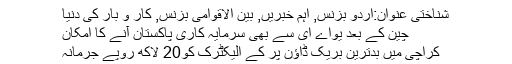
شناختی عنوان:اردو بزنس, اہم خبریں, بین الاقوامی بزنس, کار و بار کی دنیا
چین کے بعد یواے ای سے بھی سرمایہ کاری پاکستان آنے کا امکان
کراچی میں بدترین بریک ڈاؤن پر کے الیکٹرک کو20 لاکھ روپے جرمانہ